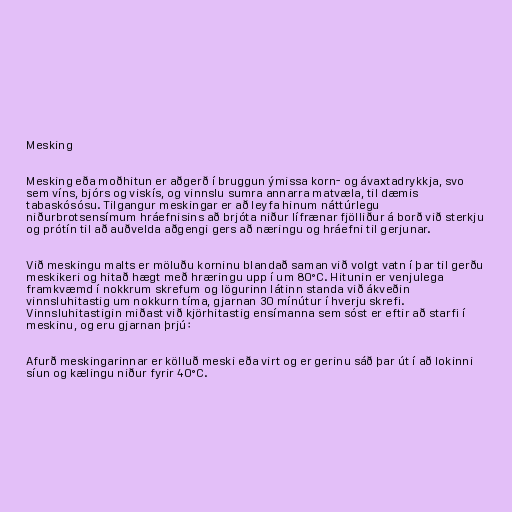
Mesking

Mesking eða moðhitun er aðgerð í bruggun ýmissa korn- og ávaxtadrykkja, svo
sem víns, bjórs og viskís, og vinnslu sumra annarra matvæla, til dæmis
tabaskósósu. Tilgangur meskingar er að leyfa hinum náttúrlegu
niðurbrotsensímum hráefnisins að brjóta niður lífrænar fjölliður á borð við sterkju
og prótín til að auðvelda aðgengi gers að næringu og hráefni til gerjunar.

Við meskingu malts er möluðu korninu blandað saman við volgt vatn í þar til gerðu
meskikeri og hitað hægt með hræringu upp í um 80°C. Hitunin er venjulega
framkvæmd í nokkrum skrefum og lögurinn látinn standa við ákveðin
vinnsluhitastig um nokkurn tíma, gjarnan 30 mínútur í hverju skrefi.
Vinnsluhitastigin miðast við kjörhitastig ensímanna sem sóst er eftir að starfi í
meskinu, og eru gjarnan þrjú:

Afurð meskingarinnar er kölluð meski eða virt og er gerinu sáð þar út í að lokinni
síun og kælingu niður fyrir 40°C.